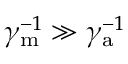
\gamma _ { \mathrm { m } } ^ { - 1 } \gg \gamma _ { \mathrm { a } } ^ { - 1 }